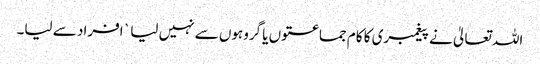
اللہ تعالیٰ نے پیغمبری کا کام جماعتوں یا گروہوں سے نہیں لیا ` افراد سے لیا۔